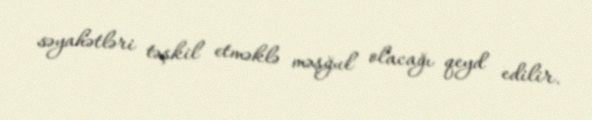
səyahətləri təşkil etməklə məşğul olacağı qeyd edilir.